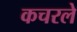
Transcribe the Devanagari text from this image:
कचरले